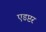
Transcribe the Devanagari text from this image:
एडप्टर